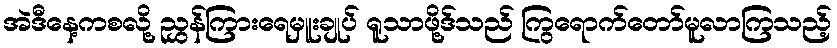
အဲဒီနေ့ကစလို့ ညွှန်ကြားရေမှူးချုပ် ရူသာဖို့ဒ်သည် ကြွရောက်တော်မူလာကြသည့်